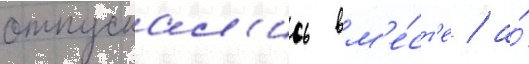
отпускал'ись вм'е́ст'е / а́